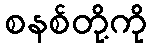
စနစ်တို့ကို